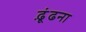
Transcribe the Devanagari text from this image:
ढ़ूंढना